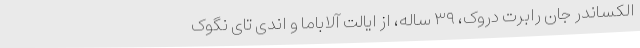
الکساندر جان رابرت دروک، ۳۹ ساله، از ایالت آلاباما و اندی تای نگوک